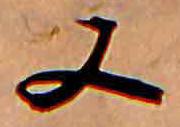
又